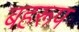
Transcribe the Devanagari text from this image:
बहरूप